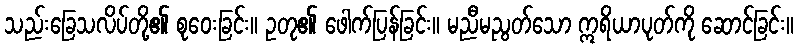
သည်းခြေသလိပ်တို့၏ စုဝေးခြင်း။ ဥတု၏ ဖေါက်ပြန်ခြင်း။ မညီမညွတ်သော ဣရိယာပုတ်ကို ဆောင်ခြင်း။